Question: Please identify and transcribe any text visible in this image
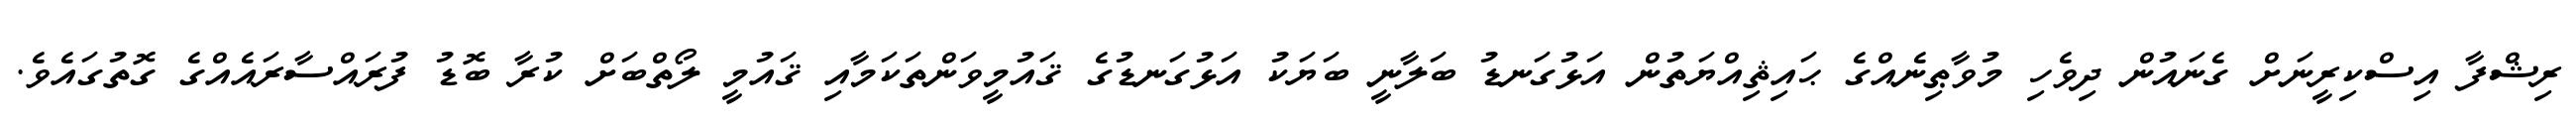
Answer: ރިޝްފާ އިސްކިރީނަށް ގެނައުން ދިވެހި މުވާޠިނެއްގެ ޙައިޘިއްޔަތުން އަޅުގަނޑު ބަލާނީ ބަޔަކު އަޅުގަނޑުގެ ޤައުމީވަންތަކަމާއި ޤައުމީ ލޯތްބަށް ކުރާ ބޮޑު ފުރައްސާރައެއްގެ ގޮތުގައެވެ.